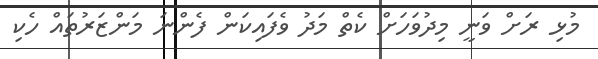
މުޅި ރަށް ވަނީ މިދުވަހަށް ކެތް މަދު ވެފައިކަން ފެންނަ މަންޒަރުތައް ހެކި